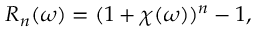
R _ { n } ( \omega ) = ( 1 + \chi ( \omega ) ) ^ { n } - 1 ,